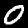
Digit: 0